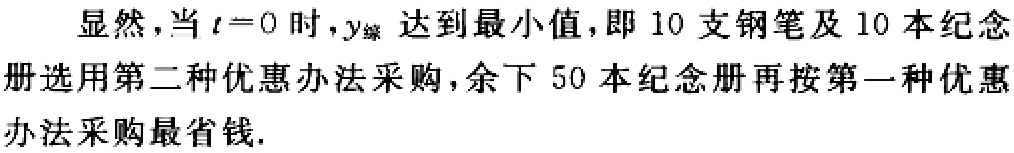
显然，当 \(t = 0\) 时，\(y_{综}\) 达到最小值，即 \(10\) 支钢笔及 \(10\) 本纪念册选用第二种优惠办法采购，余下 \(50\) 本纪念册再按第一种优惠办法采购最省钱.